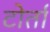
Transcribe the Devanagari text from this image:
टोर्ता